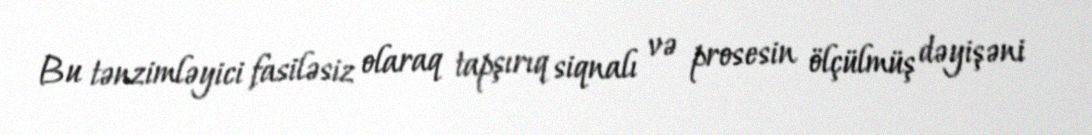
Bu tənzimləyici fasiləsiz olaraq tapşırıq siqnalı və prosesin ölçülmüş dəyişəni